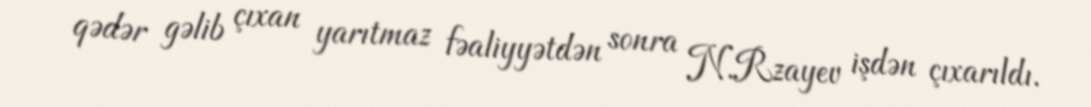
qədər gəlib çıxan yarıtmaz fəaliyyətdən sonra N.Rzayev işdən çıxarıldı.